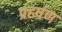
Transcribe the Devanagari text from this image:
प्रहर्षण